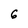
Character: 6